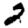
Digit: 2